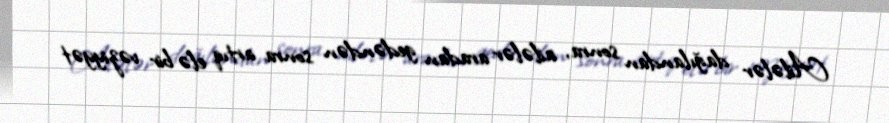
Ailələr dağılandan sonra, ailələr aradan gedəndən sonra artıq elə bir vəziyyət